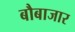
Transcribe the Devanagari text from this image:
बौबाजार